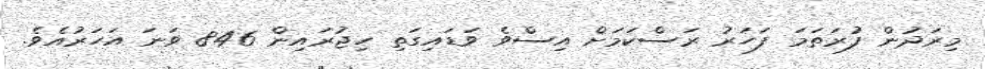
މިރަދުން ފުރަތަމަ ފަހަރު ރަސްކަމަށް އިސްވެ ވަޑައިގަތި ހިޖުރައިން 846 ވަނަ އަހަރުއެވެ.